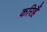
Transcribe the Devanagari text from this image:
करिहैं